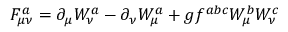
F _ { \mu \nu } ^ { a } = \partial _ { \mu } W _ { \nu } ^ { a } - \partial _ { \nu } W _ { \mu } ^ { a } + g f ^ { a b c } W _ { \mu } ^ { b } W _ { \nu } ^ { c }